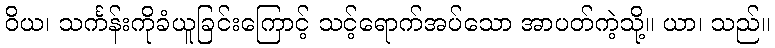
ဝိယ၊ သင်္ကန်းကိုခံယူခြင်းကြောင့် သင့်ရောက်အပ်သော အာပတ်ကဲ့သို့။ ယာ၊ သည်။